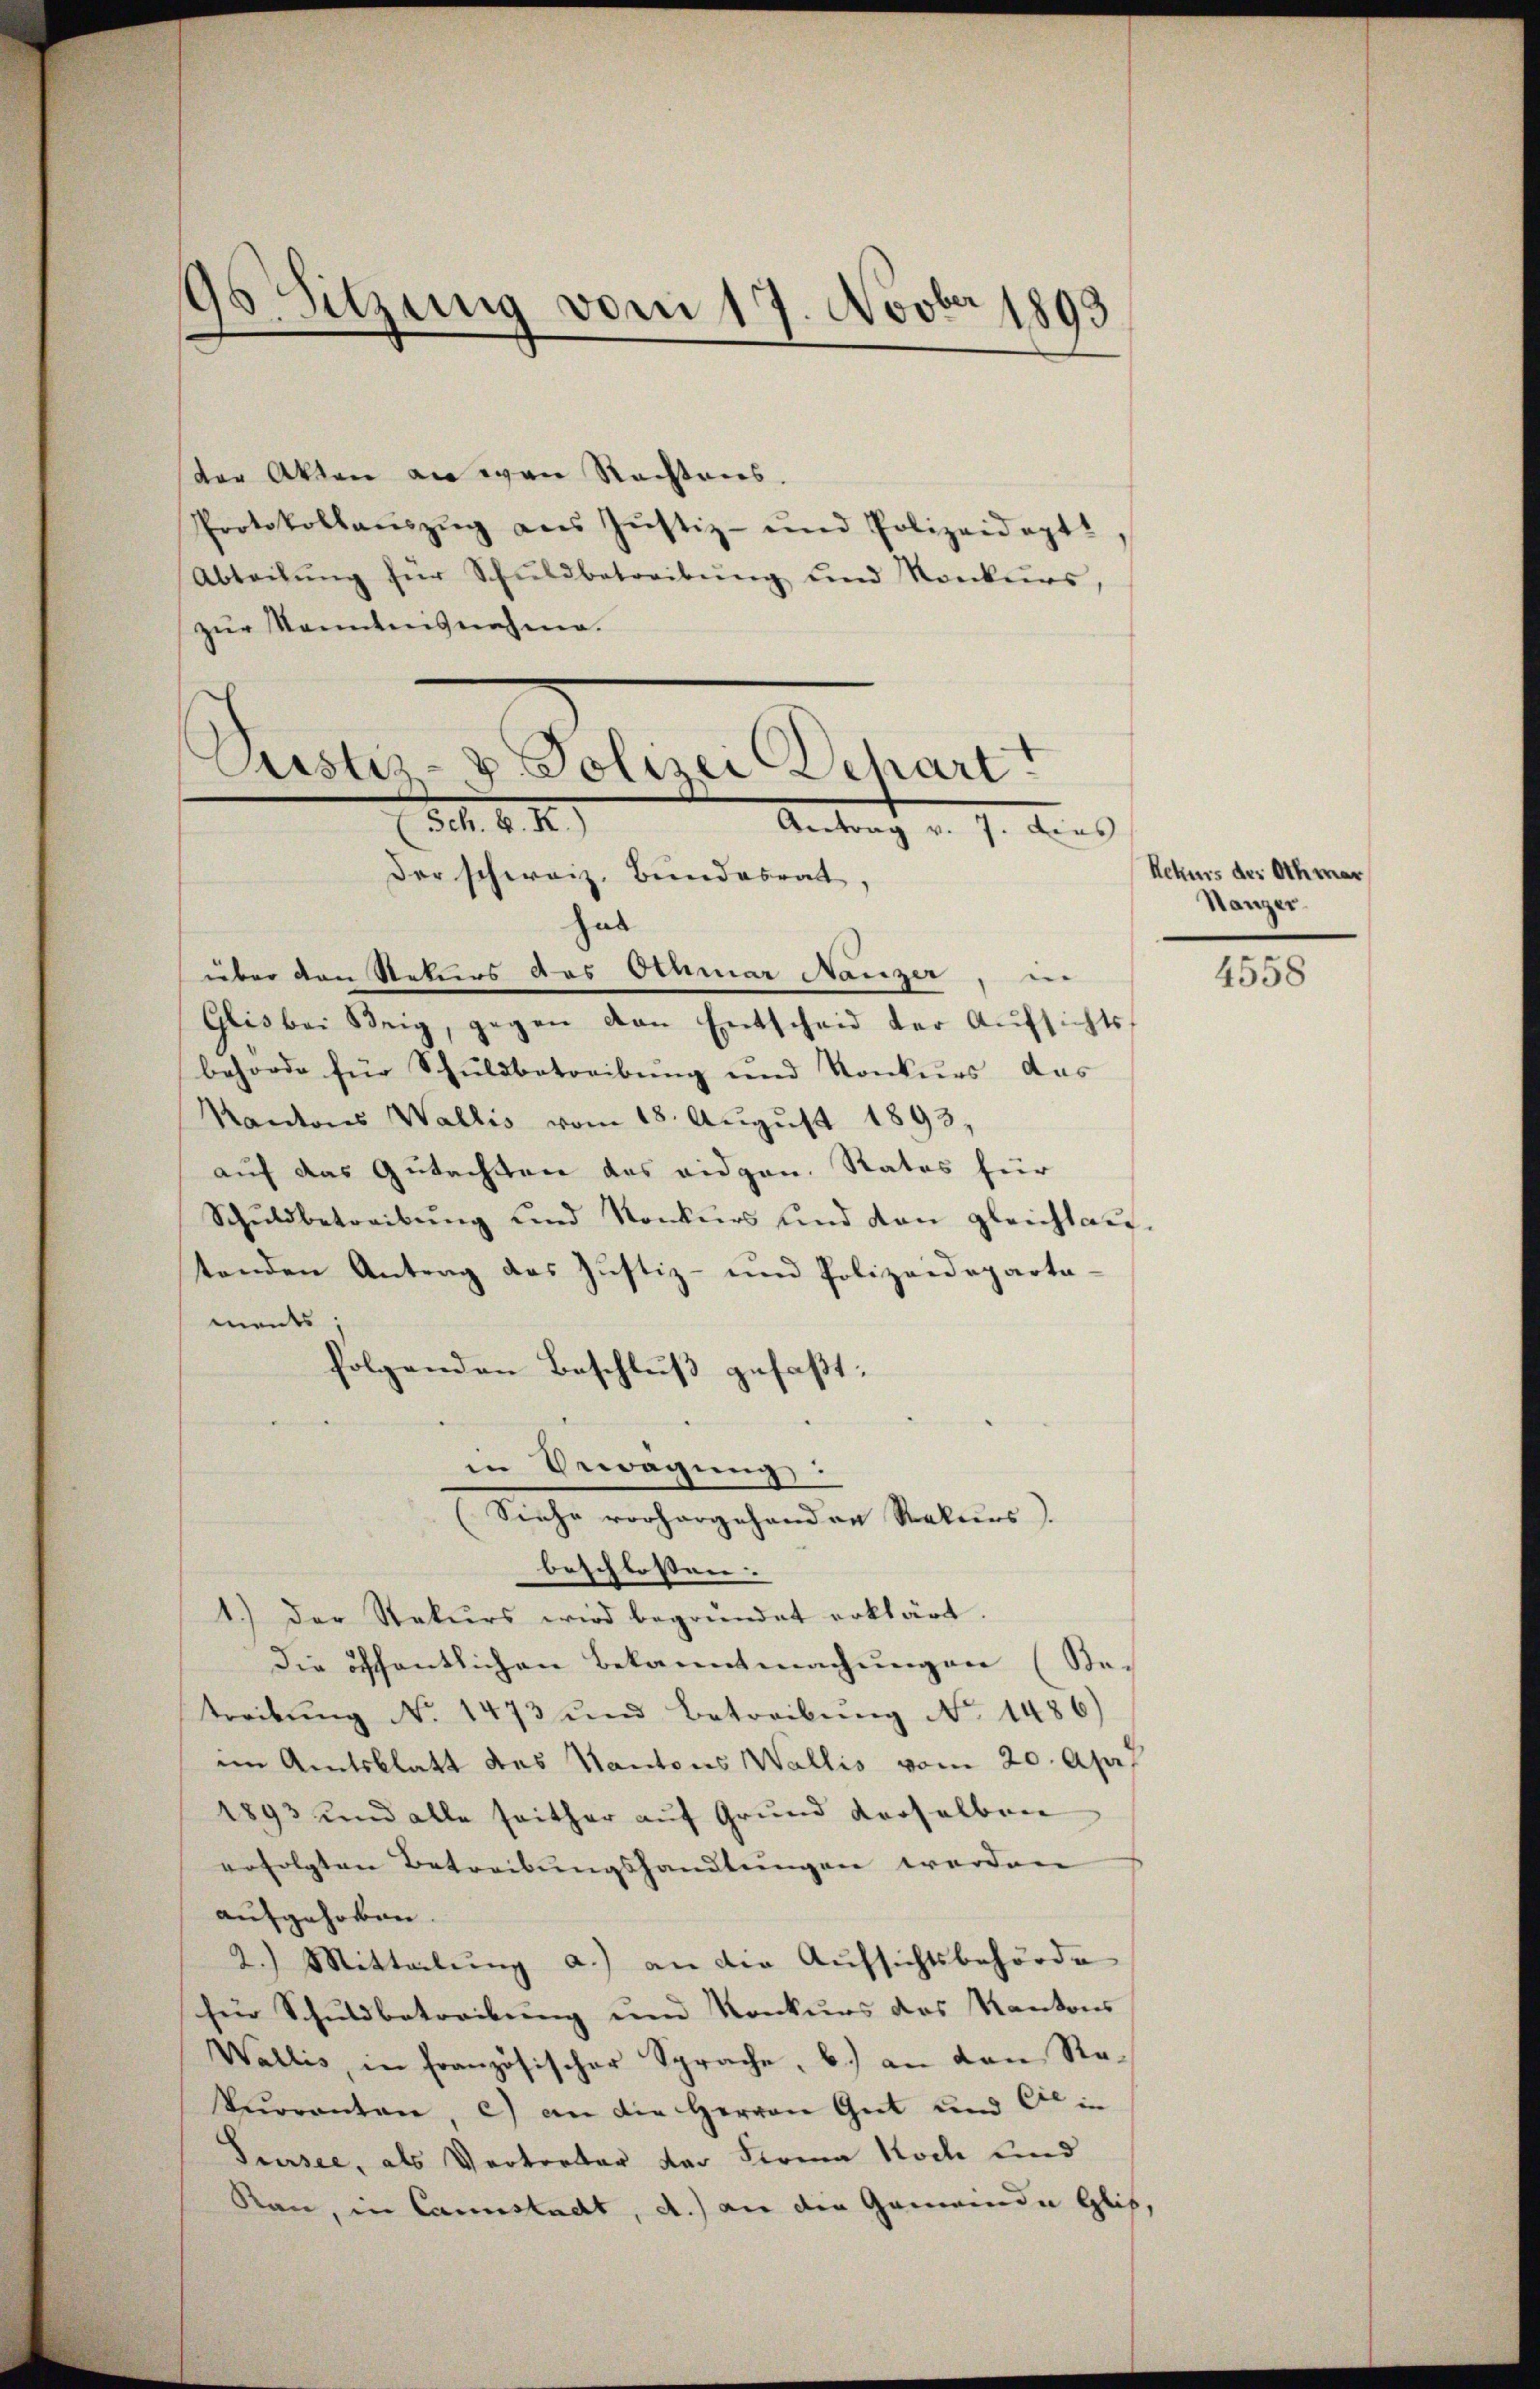
196. Sitzung vom 17. Novbr 1893

der Akten an wan Rechtens.
Protokollaŭszŭg ans Justiz- und Polizeideptt
Abteilŭng für Schŭldbetreibŭng ŭnd Konkurs,
zur Kenntensnahme.
Justiz- & Polizei Depart

d. M. v. M.
Antrag v. J. dies

Der schweiz. Bundesrat,
hab
über den Rekurs das Othmar Nanzer, u.
Glis bei Steig, gegen den Entscheid der Aufsichts
behörde für Schuldbetreibung und Konkurs das
Kantons Wallis vom 18. August 1893,
auf das Gutachten das eidgen. Rates für
Schuldbetreibung und Konkurs und von gleichtautenden Antrag des Justiz- und Polizeidepartaments;
folgenden Beschluß gefaßt:
in Bewegung:
(Siehe vorhergehenden Rekurs
beschlossen:
1.) Der Stekurs wird begründet erklärt.
Die öffentlichen Bekanntmachungen (Retreibŭng No 1473 und betreibŭng No. 1486)
im Amtsblatt des Kantons Wallis vom 20. Apr
1893 und alle seither auf Grund derselben
erfolgten Betreibungshandlungen worden
aufgehoben.
2.) Mitteilŭng a.) an die Aŭfsichtsbehörde
für Schuldbetreibung und Konkurs des Kantons
Wallis, in französischer Sprache, b.) an den Re-
Terranten, c) an die Herren Gut und die in
Sursee, als Verterber der Firma Koch und
Ran, in Cannstadt, a.) an die Gemeinde Glis,

Rekurs der Othmar
Hanger

4558